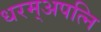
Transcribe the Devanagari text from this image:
धरम्अपत्नि